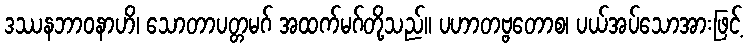
ဒဿနဘာဝနာဟိ၊ သောတာပတ္တမဂ် အထက်မဂ်တို့သည်။ ပဟာတဗ္ဗတောစ၊ ပယ်အပ်သောအားဖြင့်